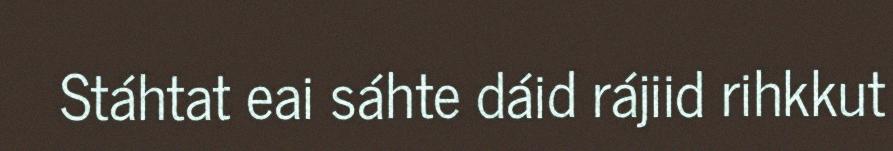
Stáhtat eai sáhte dáid rájiid rihkkut